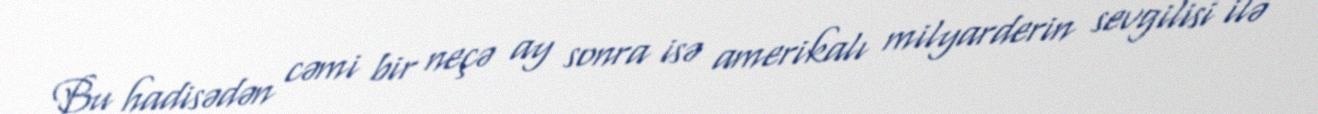
Bu hadisədən cəmi bir neçə ay sonra isə amerikalı milyarderin sevgilisi ilə